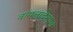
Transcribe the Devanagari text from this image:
बांगलादेशाला